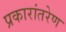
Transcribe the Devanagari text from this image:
प्रकारांतरेण